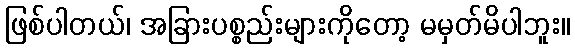
ဖြစ်ပါတယ်၊ အခြားပစ္စည်းများကိုတော့ မမှတ်မိပါဘူး။